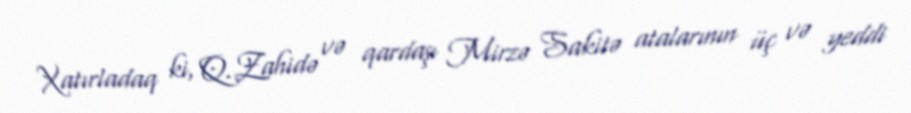
Xatırladaq ki, Q.Zahidə və qardaşı Mirzə Sakitə atalarının üç və yeddi